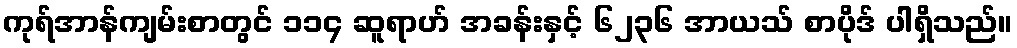
ကုရ်အာန်ကျမ်းစာတွင် ၁၁၄ ဆူရာဟ် အခန်းနှင့် ၆၂၃၆ အာယသ် စာပိုဒ် ပါရှိသည်။